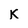
Character: K